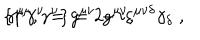
LaTeX: \{ \gamma ^ { \mu } , \gamma ^ { \nu } \} = 2 g ^ { \mu \nu } , \hspace { 0 . 4 c m } \gamma ^ { \mu } \gamma ^ { \nu } = g ^ { \mu \nu } - i \varepsilon ^ { \mu \nu \delta } \gamma _ { \delta } \; ,